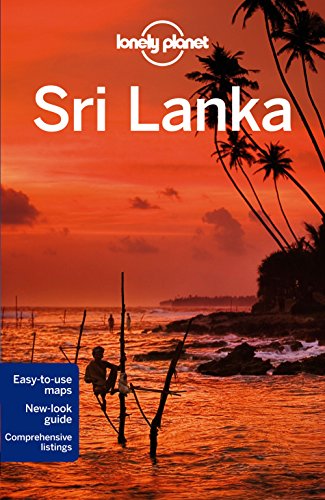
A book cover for Lonely Planet Sri Lanka (Travel Guide); Lonely Planet; Travel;